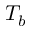
T _ { b }